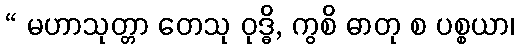
“ မဟာသုတ္တာ တေသု ဝုဒ္ဓိ, ကွစိ ဓာတု စ ပစ္စယာ၊